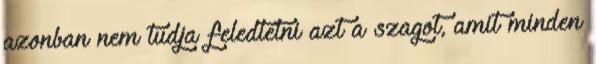
azonban nem tudja feledtetni azt a szagot, amit minden